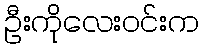
ဦးကိုလေးဝင်းက